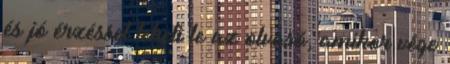
és jó érzéssel teheti le az olvasó, amikor vége